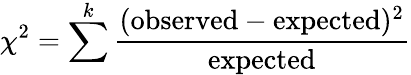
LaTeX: \chi^{2}=\sum^{k}{\frac{({\mathrm{observed}}-{\mathrm{expected}})^{2}}{\mathrm{expected}}}